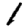
Digit: 1